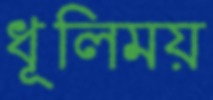
ধূলিময়